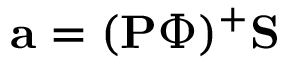
\mathbf { a } = ( \mathbf { P } \boldsymbol { \Phi } ) ^ { + } \mathbf { S }